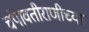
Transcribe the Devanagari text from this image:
चंपावतीराणीच्या